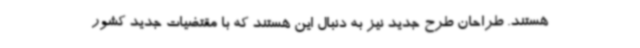
هستند. طراحان طرح جدید نیز به دنبال این هستند که با مقتضیات جدید کشور